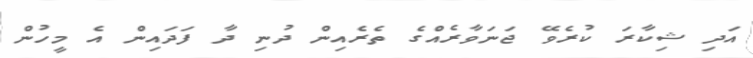
އަދި ޝިކާރަ ކުރެވޭ ޖަނަވާރެއްގެ ތެރެއިން ދުނި ދާ ފަދައިން އެ މީހުން